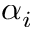
\alpha _ { i }